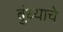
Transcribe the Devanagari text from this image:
बुंध्याचे